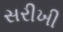
સરીખી